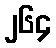
၂၆၄